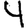
Digit: 4